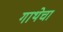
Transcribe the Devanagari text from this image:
गाथेचा